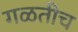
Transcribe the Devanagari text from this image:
गळतीच